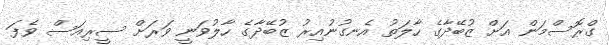
ގްރޮސްމަން އަށް ޒުބޭދާގެ ހާލަތު އެނގުނުއިރު ޒުބޭދާގެ ހާލުވަނީ ވަރަށް ސީރިއަސް ވެފަ